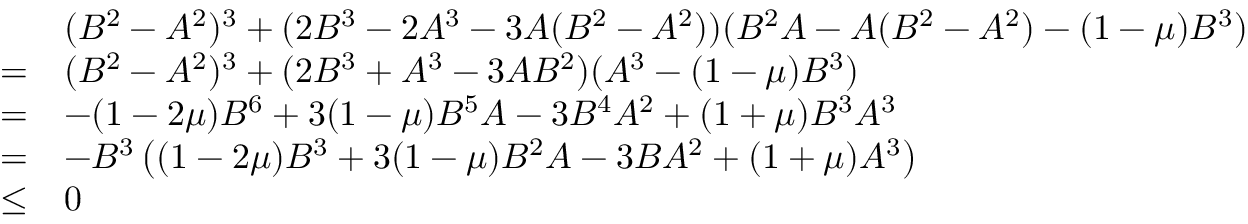
\begin{array} { r l } & { ( B ^ { 2 } - A ^ { 2 } ) ^ { 3 } + ( 2 B ^ { 3 } - 2 A ^ { 3 } - 3 A ( B ^ { 2 } - A ^ { 2 } ) ) ( B ^ { 2 } A - A ( B ^ { 2 } - A ^ { 2 } ) - ( 1 - \mu ) B ^ { 3 } ) } \\ { = } & { ( B ^ { 2 } - A ^ { 2 } ) ^ { 3 } + ( 2 B ^ { 3 } + A ^ { 3 } - 3 A B ^ { 2 } ) ( A ^ { 3 } - ( 1 - \mu ) B ^ { 3 } ) } \\ { = } & { - ( 1 - 2 \mu ) B ^ { 6 } + 3 ( 1 - \mu ) B ^ { 5 } A - 3 B ^ { 4 } A ^ { 2 } + ( 1 + \mu ) B ^ { 3 } A ^ { 3 } } \\ { = } & { - B ^ { 3 } \left( ( 1 - 2 \mu ) B ^ { 3 } + 3 ( 1 - \mu ) B ^ { 2 } A - 3 B A ^ { 2 } + ( 1 + \mu ) A ^ { 3 } \right) } \\ { \leq } & { 0 } \end{array}